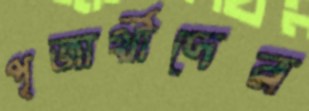
পূজার্থীদের